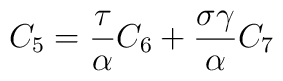
C_5=\frac \tau \alpha C_6+\frac{\sigma \gamma }\alpha C_7